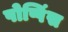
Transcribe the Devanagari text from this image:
पोप्पिंस